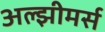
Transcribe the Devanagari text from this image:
अल्झीमर्स